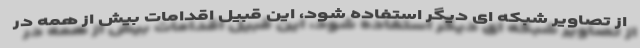
از تصاویر شبکه ای دیگر استفاده شود، این قبیل اقدامات بیش از همه در